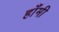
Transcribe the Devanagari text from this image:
हाँमी